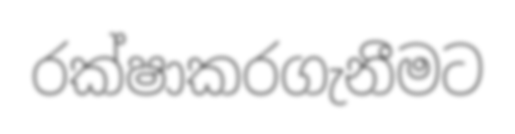
රක්ෂාකරගැනීමට